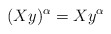
\begin{align*}(Xy)^\alpha=Xy^\alpha\end{align*}